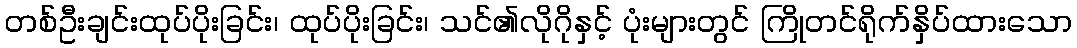
တစ်ဦးချင်းထုပ်ပိုးခြင်း၊ ထုပ်ပိုးခြင်း၊ သင်၏လိုဂိုနှင့် ပုံးများတွင် ကြိုတင်ရိုက်နှိပ်ထားသော